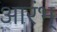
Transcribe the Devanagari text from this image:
आरंभ्